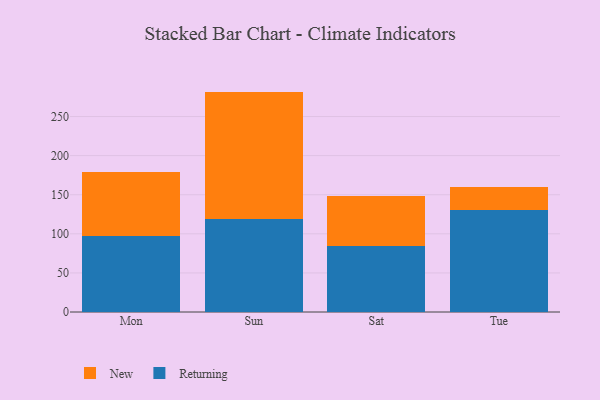
{"axis": {"x": "Day", "y": "Headcount"}, "legend": ["New", "Returning"], "data": [{"x": "Mon", "y": 97.6, "type": "Returning"}, {"x": "Mon", "y": 81.8, "type": "New"}, {"x": "Sun", "y": 118.5, "type": "Returning"}, {"x": "Sun", "y": 163.4, "type": "New"}, {"x": "Sat", "y": 84.0, "type": "Returning"}, {"x": "Sat", "y": 64.8, "type": "New"}, {"x": "Tue", "y": 130.7, "type": "Returning"}, {"x": "Tue", "y": 29.0, "type": "New"}]}